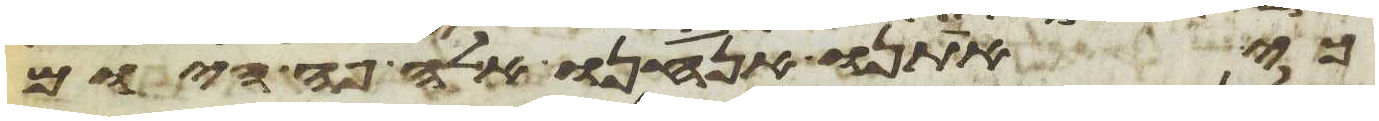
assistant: כי אתנו אנחנו אלה פה היום